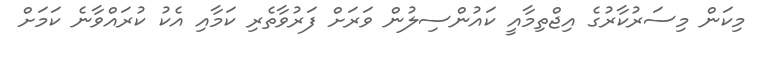
މިކަން މިސަރުކާރުގެ އިޖްތިމާއީ ކައުންސިލުން ވަރަށް ފަރުވާތެރި ކަމާއި އެކު ކުރައްވާނެ ކަމަށް